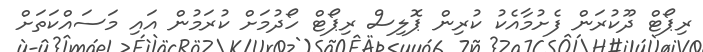
ރިޕޯޓް ދޫކުރަން ފެށުމާއެކު ކުރިން ޕޮލިސް ރިޕޯޓް ހޯދުމަށް ކުރަމުން އައި މަސައްކަތަށް